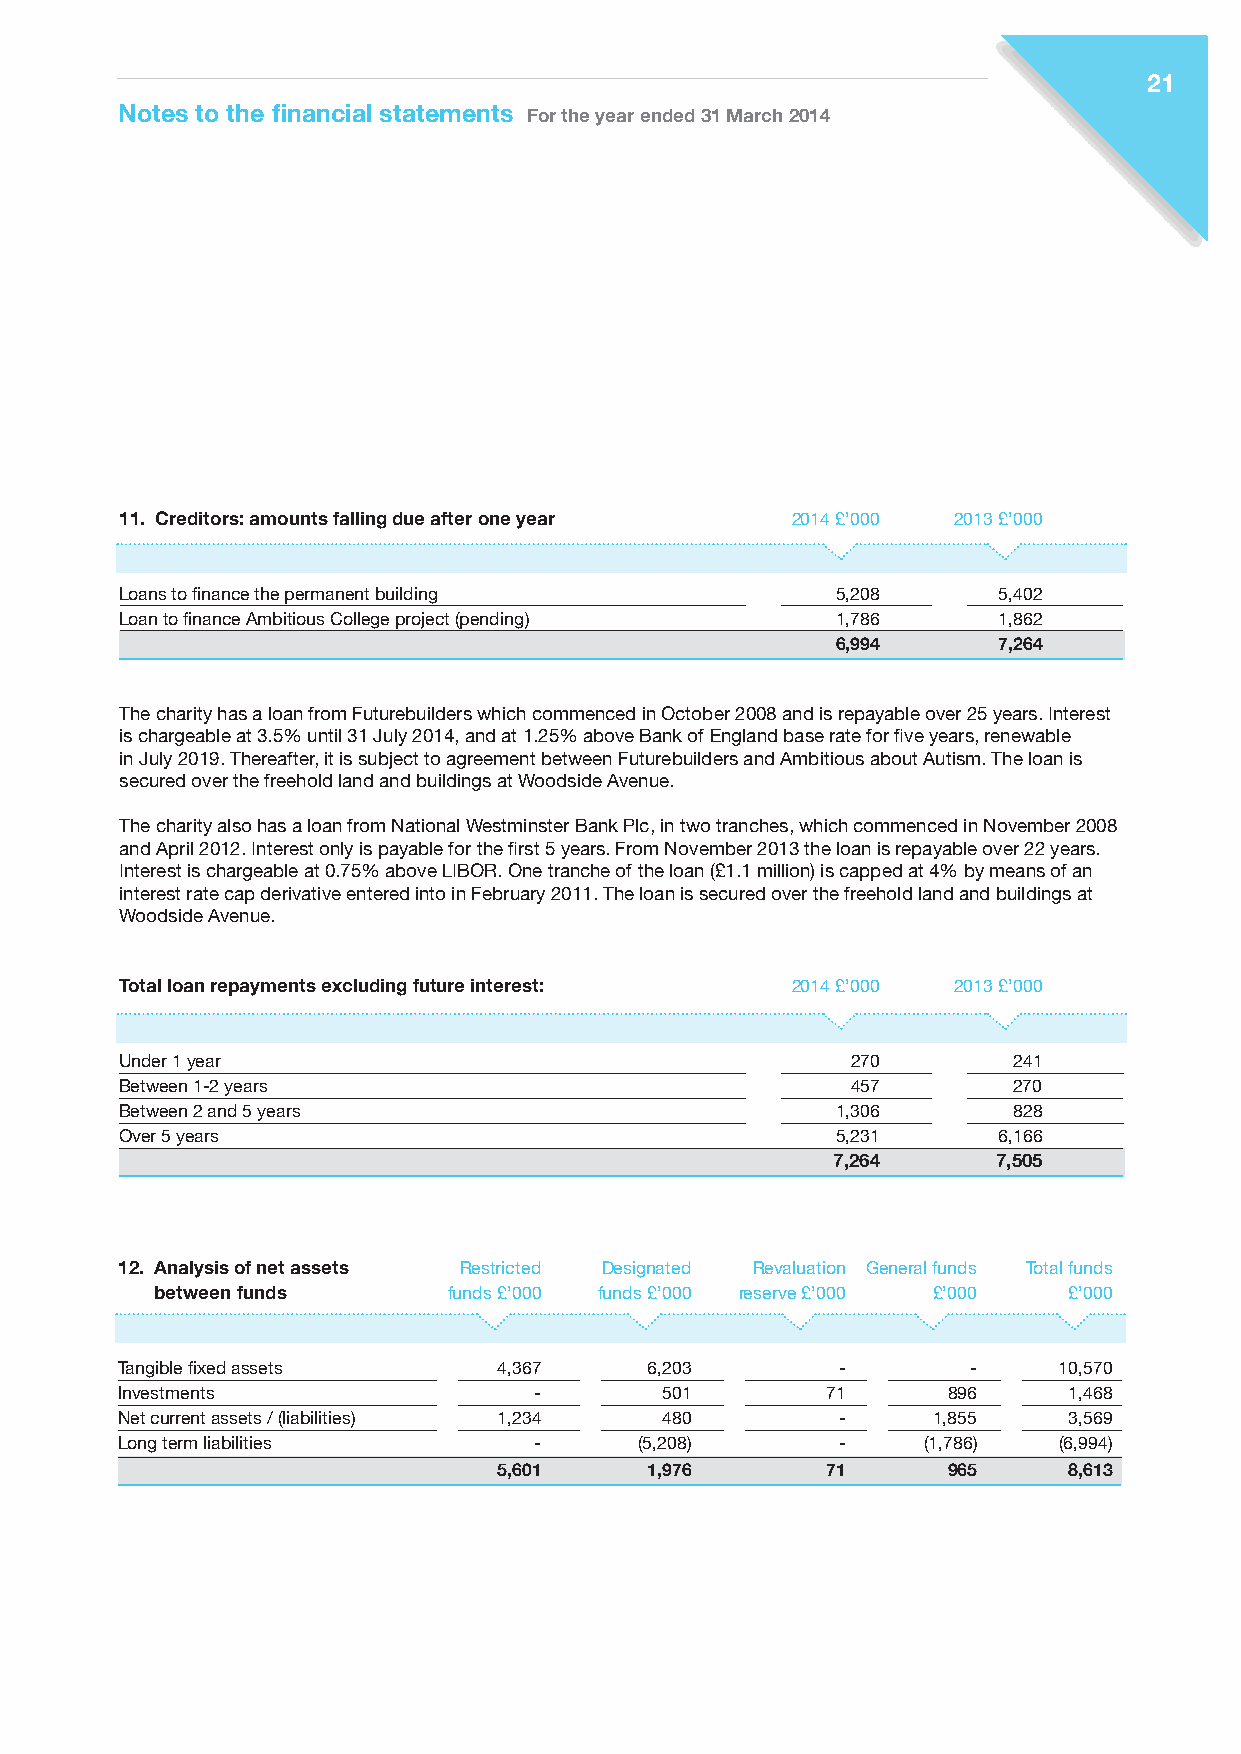
21
 Notes to the financial statements For the year ended 31 March 2014
 11. Creditors: amounts falling due after one year 2014 £’000 2013 £’000
 Loans to finance the permanent building        5,208      5,402
 Loan to finance Ambitious College project (pending) 1,786 1,862
 6,994      7,264
 The charity has a loan from Futurebuilders which commenced in October 2008 and is repayable over 25 years. Interest
 is chargeable at 3.5% until 31 July 2014, and at 1.25% above Bank of England base rate for five years, renewable
 in July 2019. Thereafter, it is subject to agreement between Futurebuilders and Ambitious about Autism. The loan is
 secured over the freehold land and buildings at Woodside Avenue.
 The charity also has a loan from National Westminster Bank Plc, in two tranches, which commenced in November 2008
 and April 2012. Interest only is payable for the first 5 years. From November 2013 the loan is repayable over 22 years.
 Interest is chargeable at 0.75% above LIBOR. One tranche of the loan (£1.1 million) is capped at 4% by means of an
 interest rate cap derivative entered into in February 2011. The loan is secured over the freehold land and buildings at
 Woodside Avenue.
 Total loan repayments excluding future interest: 2014 £’000 2013 £’000
 Under 1 year                                    270        241
 Between 1-2 years                               457        270
 Between 2 and 5 years                          1,306       828
 Over 5 years                                   5,231      6,166
 7,264      7,505
 12. Analysis of net assets Restricted Designated Revaluation General funds Total funds
 between funds       funds £’000 funds £’000 reserve £’000 £’000 £’000
 Tangible fixed assets    4,367     6,203        -       -     10,570
 Investments                -        501        71      896     1,468
 Net current assets / (liabilities) 1,234 480    -     1,855    3,569
 Long term liabilities      -      (5,208)       -    (1,786)  (6,994)
 5,601     1,976       71      965     8,613